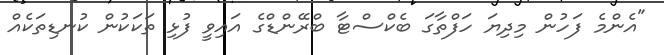
"އެންމެ ފަހުން މިދިޔަ ހަފްތާގަ ބެކްސްޓާ ބްރޭންޑްގެ އައިވީ ފުޅި ތަކަކުން ކުނޑިތަކެއް